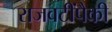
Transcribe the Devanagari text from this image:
राजवटींपैकी